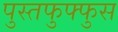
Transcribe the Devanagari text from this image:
पुस्तफुफ्फुस